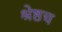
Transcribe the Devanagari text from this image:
श्रेष्ठच